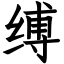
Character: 缚